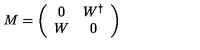
M = \left( \begin{array} { c c } { 0 } & { W ^ { \dagger } } \\ { W } & { 0 } \\ \end{array} \right)